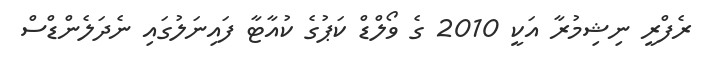
ރެފްރީ ނިޝިމުރާ އަކީ 2010 ގެ ވޯލްޑް ކަޕުގެ ކުއާޓާ ފައިނަލުގައި ނެދަލެންޑްސް